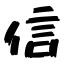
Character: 信